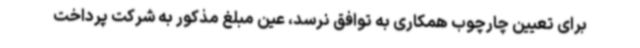
برای تعیین چارچوب همکاری به توافق نرسد، عین مبلغ مذکور به شرکت پرداخت